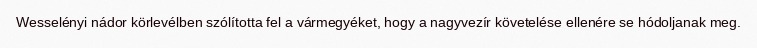
Wesselényi nádor körlevélben szólította fel a vármegyéket, hogy a nagyvezír követelése ellenére se hódoljanak meg.